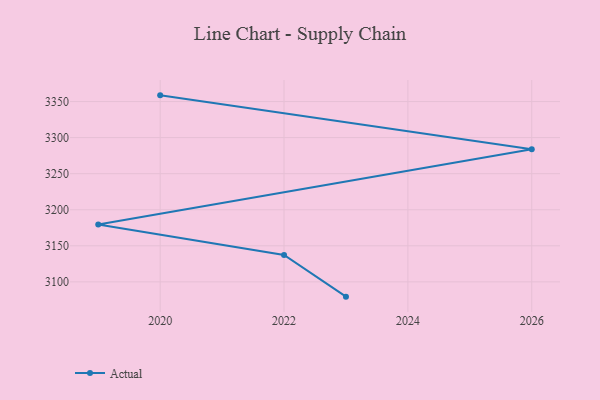
{"axis": {"x": "Year", "y": "Gross Profit (USD K)"}, "legend": ["Actual"], "data": [{"x": "2023", "y": 3079.5, "type": "Actual"}, {"x": "2022", "y": 3137.4, "type": "Actual"}, {"x": "2019", "y": 3179.6, "type": "Actual"}, {"x": "2026", "y": 3284.0, "type": "Actual"}, {"x": "2020", "y": 3358.6, "type": "Actual"}]}